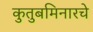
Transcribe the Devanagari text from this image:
कुतुबमिनारचे